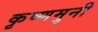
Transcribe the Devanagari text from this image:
कृष्णमुनी